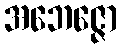
အဘေဇ္ဇော